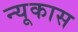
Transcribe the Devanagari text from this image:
न्यूकास